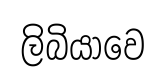
ලිබියාවෙ